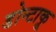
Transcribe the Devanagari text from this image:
डोन्टाकू